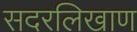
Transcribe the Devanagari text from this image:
सदरलिखाण